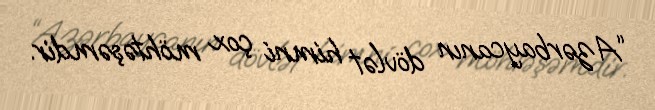
“Azərbaycanın dövlət himni çox möhtəşəmdir.